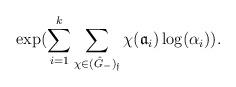
LaTeX: \begin{align*} \exp(\sum_{i=1}^k \sum_{\chi \in (\hat G_-)_\mathfrak f} \chi(\mathfrak a_i) \log(\alpha_i)).\end{align*}